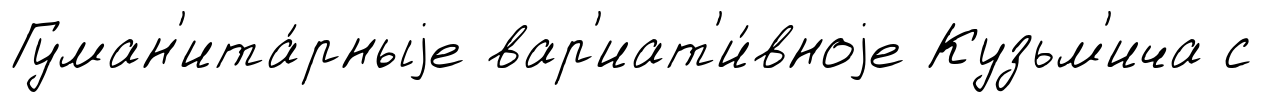
Гуман'ита́рныjе вар'иат'и́вноjе Кузьм'ича с